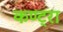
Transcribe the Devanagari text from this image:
कण्ट्रा